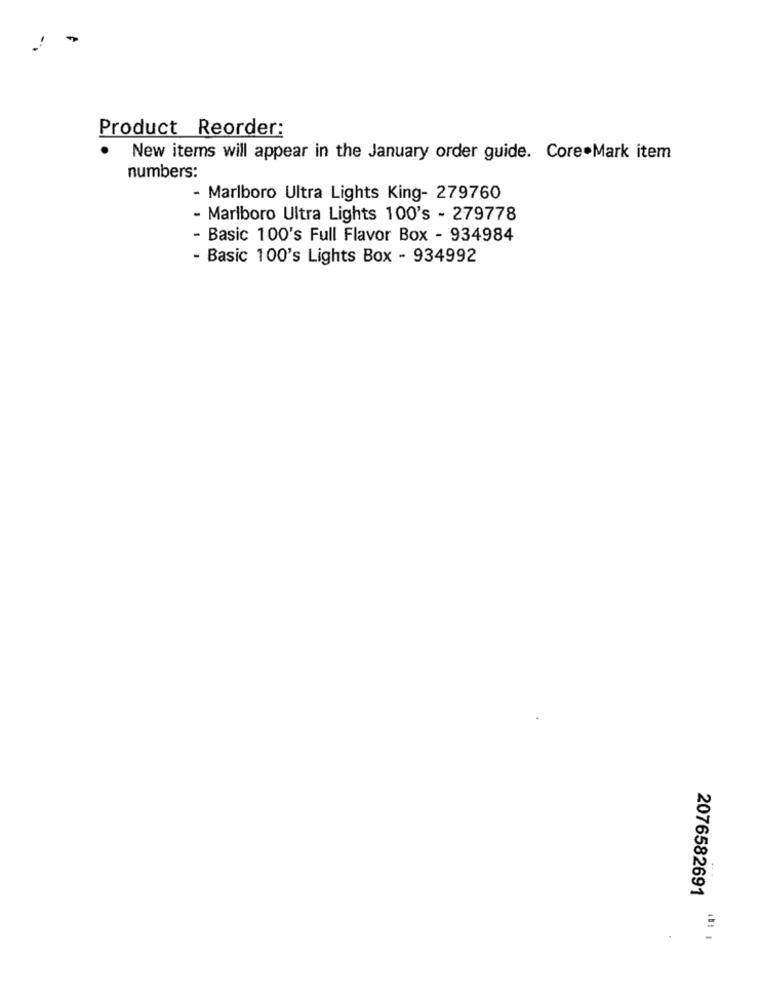
Product Reorder:
.
New items will appear in the January order guide. Core.Mark item
numbers:
- Marlboro Ultra Lights King- 279760
- Marlboro Ultra Lights 100's - 279778
- Basic 100's Full Flavor Box - 934984
- Basic 100's Lights Box - 934992
2076582691